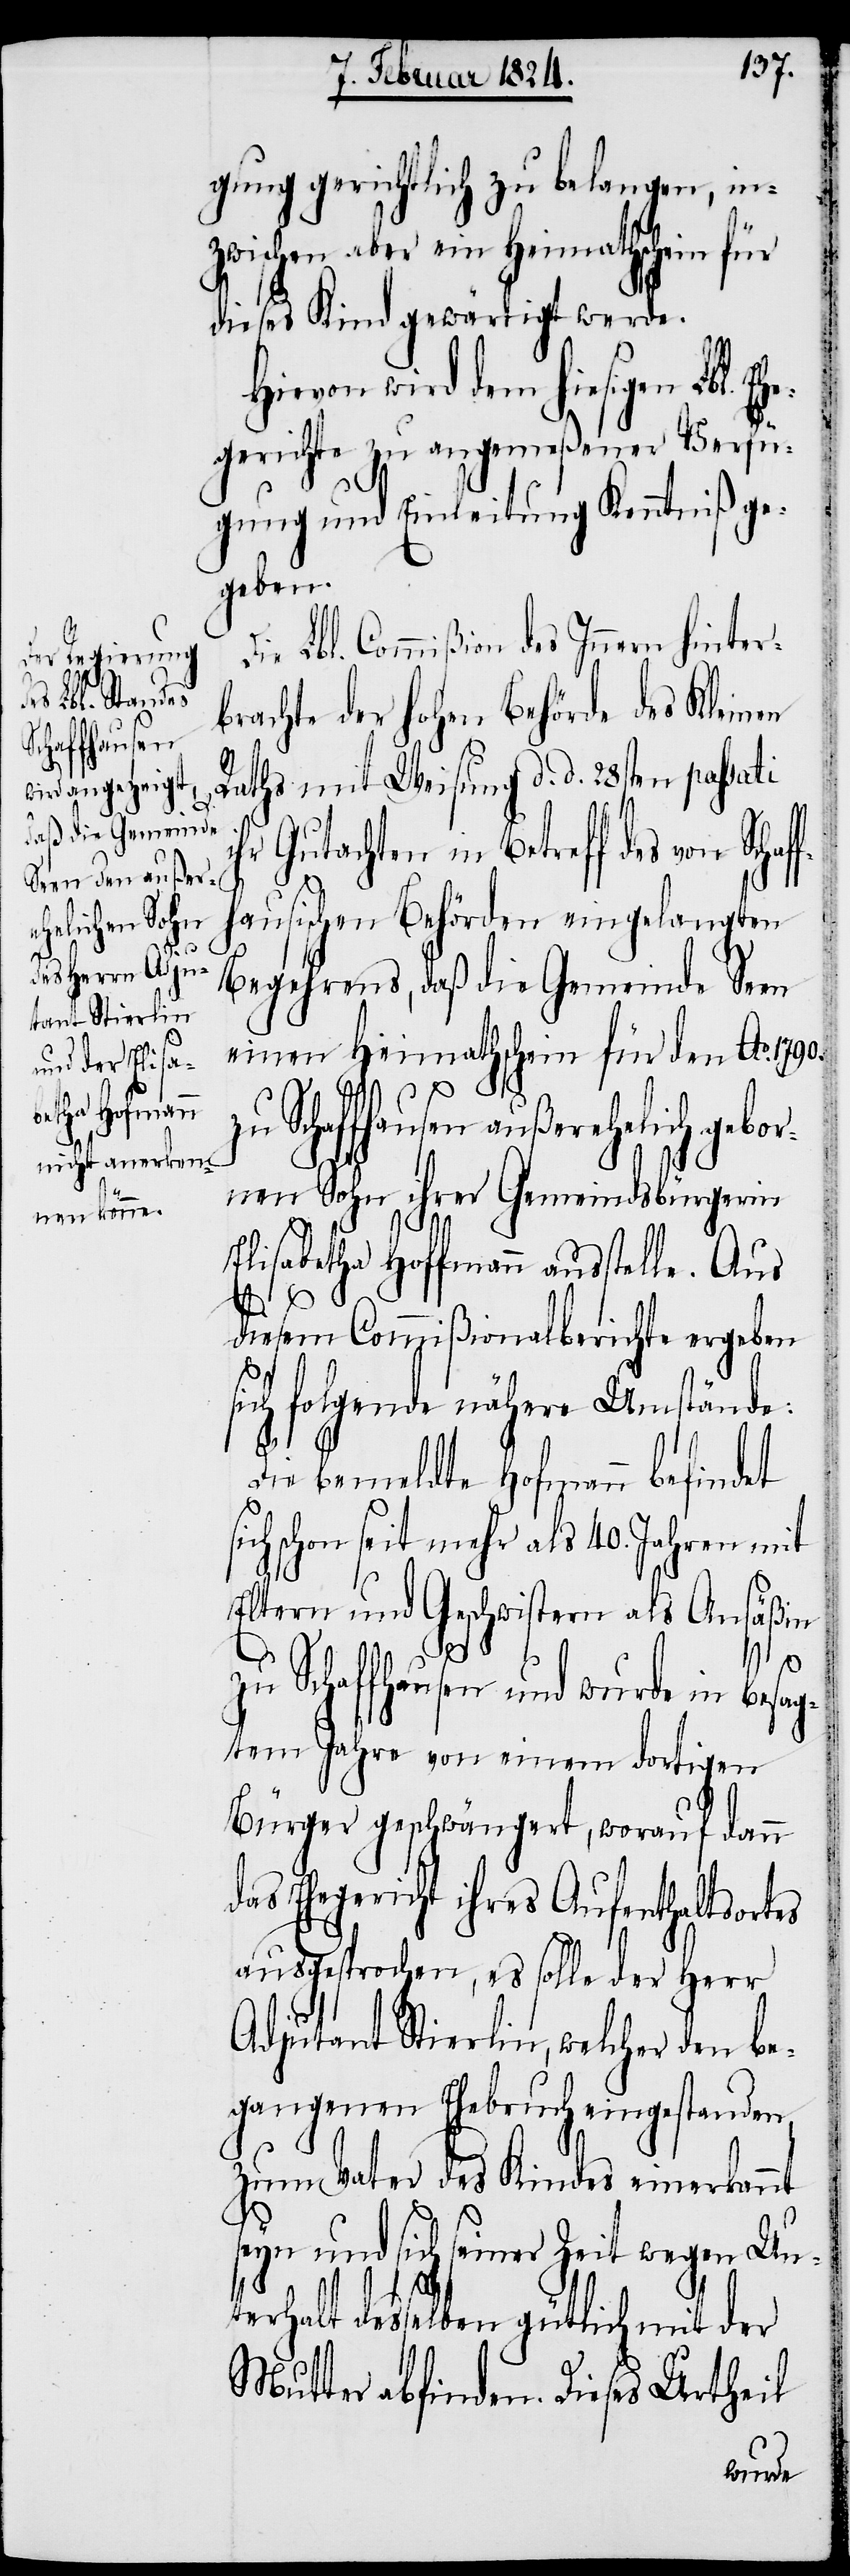
chaffhauser¬
betha Hoffmann

gung gerichtlich zu belangen, in¬
zwischen aber ein Heimathschein für
dieses Kind gewärtigt werde.
Hievon wird dem hiesigen Lbl. Eh¬
egerichte zu angemeßener Verfü¬
gung und Einleitung Kenntniß ge¬
geben.
Die Lbl. Commißion des Innern hinter¬
brachte der hohen Behörde des Kleinen
Raths mit Weisung d. d. 28sten passati
hr Gutacten in Betreff des von S¬
ischen Behörden eingelangten
Begehrens, daß die Gemeinde Seen
einen Heimathschein für den Ao.
Schaffhausen außerehelich gebo¬
rnen Sohn ihrer Gemeindsbürgerin
diesem Commißionalberichte ergeben
sich folgende nähere Umstände:
si¬
Die bemeldte Hofmann befindet
ch schon seit mehr als 40. Jahren mit
Eltern und Geschwistern als Ansäßin
zu Schaffhausen und wurde in besag¬
tem Jahre von einem dortigen
Bürger geschwängert, worauf dann
das Ehegericht ihres Aufenthaltsortes
ausgesprochen, es solle der Herr
Adjutant Stierlin, welcher den be¬
gangenen Ehebruch eingestanden,
zum Vater des Kindes einerkannt
seyn und sich seiner Zeit wegen Unte¬
rhalt desselben gütlich mit der
Mutter abfinden. Dieses Urtheil